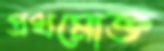
প্রথমোক্ত